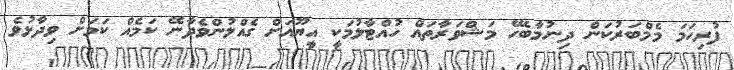
ފުރިހަމަ މެމްބަރުކަން ދިނުމާބެހޭ މަޝްވަރާތައް ހުއްޓާލުމަކީ އީޔޫއަށް ގެއްލުންވެދާނޭ ކަމެއް ކަމަށް ވިދާޅުވެ